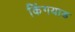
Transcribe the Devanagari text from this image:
किंगयाड